Civil Veterinary Department Bihar reports 1940-50 - 1940-1950
Year: 1940
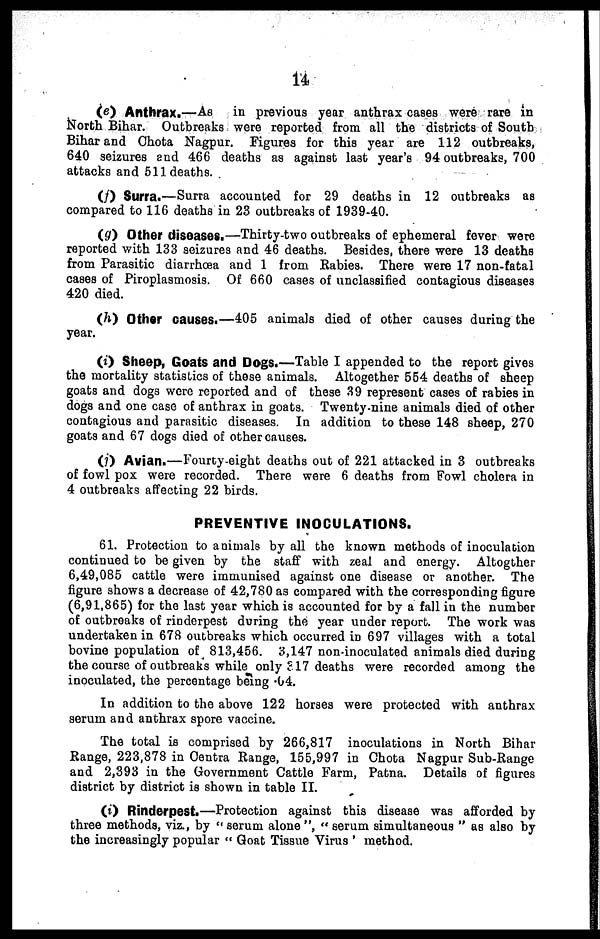
14
(e) Anthrax.—As in previous year anthrax cases were rare in
North Bihar. Outbreaks were reported from all the districts of South
Bihar and Chota Nagpur. Figures for this year are 112 outbreaks,
640 seizures and 466 deaths as against last year's 94 outbreaks, 700
attacks and 511 deaths.
(f) Surra.—Surra accounted for 29 deaths in 12 outbreaks as
compared to 116 deaths in 23 outbreaks of 1939-40.
(g) Other diseases.—Thirty-two outbreaks of ephemeral fever were
reported with 133 seizures and 46 deaths. Besides, there were 13 deaths
from Parasitic diarrhœa and 1 from Rabies. There were 17 non-fatal
cases of Piroplasmosis. Of 660 cases of unclassified contagious diseases
420 died.
(h) Other causes.—405 animals died of other causes during the
year.
(i) Sheep, Goats and Dogs.—Table I appended to the report gives
the mortality statistics of these animals. Altogether 554 deaths of sheep
goats and dogs were reported and of these 39 represent cases of rabies in
dogs and one case of anthrax in goats. Twenty-nine animals died of other
contagious and parasitic diseases. In addition to these 148 sheep, 270
goats and 67 dogs died of other causes.
(j) Avian.—Fourty-eight deaths out of 221 attacked in 3 outbreaks
of fowl pox were recorded. There were 6 deaths from Fowl cholera in
4 outbreaks affecting 22 birds.
PREVENTIVE INOCULATIONS.
61. Protection to animals by all the known methods of inoculation
continued to be given by the staff with zeal and energy. Altogther
6,49,085 cattle were immunised against one disease or another. The
figure shows a decrease of 42,780 as compared with the corresponding figure
(6,91,865) for the last year which is accounted for by a fall in the number
of outbreaks of rinderpest during the year under report. The work was
undertaken in 678 outbreaks which occurred in 697 villages with a total
bovine population of 813,456. 3,147 non-inoculated animals died during
the course of outbreaks while only 317 deaths were recorded among the
inoculated, the percentage being .64.
In addition to the above 122 horses were protected with anthrax
serum and anthrax spore vaccine.
The total is comprised by 266,817 inoculations in North Bihar
Range, 223,878 in Centra Range, 155,997 in Chota Nagpur Sub-Range
and 2,393 in the Government Cattle Farm, Patna. Details of figures
district by district is shown in table II.
(i) Rinderpest.—Protection against this disease was afforded by
three methods, viz., by " serum alone ", " serum simultaneous " as also by
the increasingly popular " Goat Tissue Virus ' method.